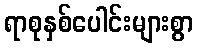
ရာစုနှစ်ပေါင်းများစွာ